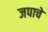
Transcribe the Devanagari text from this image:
जपाचे